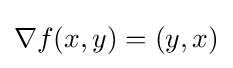
\nabla f(x,y)=(y,x)